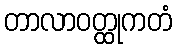
တာလာဝတ္ထုကတံ